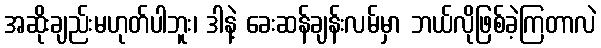
အဆိုးချည်းမဟုတ်ပါဘူး၊ ဒါနဲ့ ခေးဆန်ချန်းလမ်မှာ ဘယ်လိုဖြစ်ခဲ့ကြတာလဲ